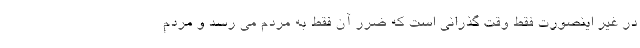
در غیر اینصورت فقط وقت گذرانی است که ضرر آن فقط به مردم می رسد و مردم